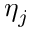
\eta _ { j }